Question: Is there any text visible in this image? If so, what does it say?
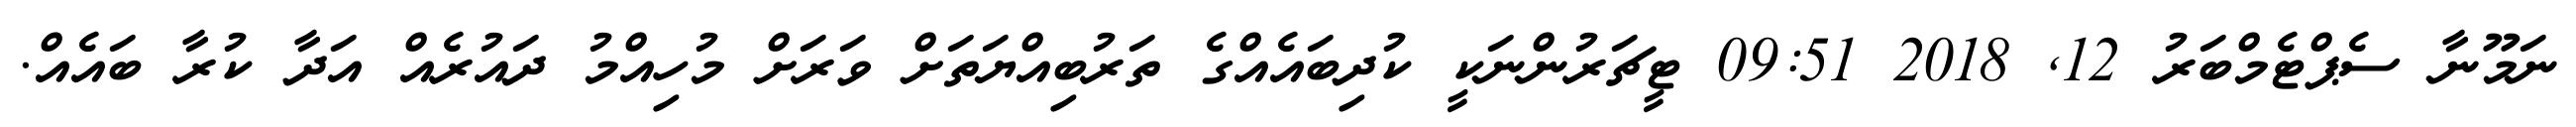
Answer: ނަމޫނާ ސެޕްޓެމްބަރު 12, 2018 09:51 ޓީޗަރުންނަކީ ކުދިބައެއްގެ ތަރުބިއްޔަތަށް ވަރަށް މުހިއްމު ދައުރެއް އަދާ ކުރާ ބައެއް.